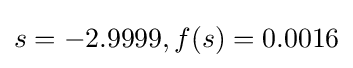
s=-2.9999,f(s)=0.0016